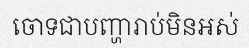
ចោទជាបញ្ហារាប់មិនអស់